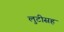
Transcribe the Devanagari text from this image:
लुटीसह